Assam Mental Hospital (Tezpur, India) - 1933-1948
Year: 1933
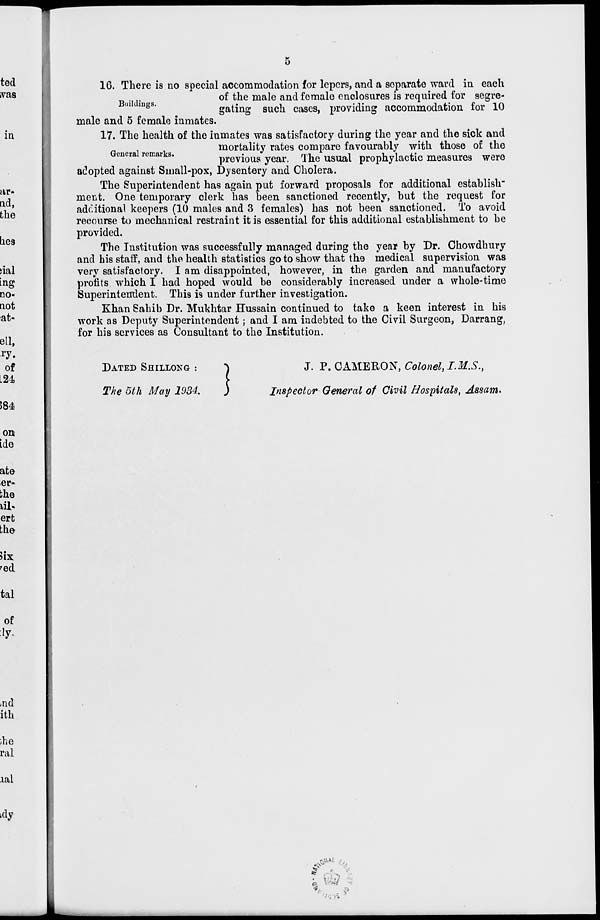
5
Buildings.
16. There is no special accommodation for lepers, and a separate ward in each
of the male and female enclosures is required for segre-
gating such cases, providing accommodation for 10
male and 5 female inmates.
General remarks.
17. The health of the inmates was satisfactory during the year and the sick and
mortality rates compare favourably with those of the
previous year. The usual prophylactic measures were
adopted against Small-pox, Dysentery and Cholera.
The Superintendent has again put forward proposals for additional establish-
ment. One temporary clerk has been sanctioned recently, but the request for
additional keepers (10 males and 3 females) has not been sanctioned. To avoid
recourse to mechanical restraint it is essential for this additional establishment to be
provided.
The Institution was successfully managed during the year by Dr. Chowdhury
and his staff, and the health statistics go to show that the medical supervision was
very satisfactory. I am disappointed, however, in the garden and manufactory
profits which I had hoped would be considerably increased under a whole-time
Superintendent. This is under further investigation.
Khan Sahib Dr. Mukhtar Hussain continued to take a keen interest in his
work as Deputy Superintendent ; and I am indebted to the Civil Surgeon, Darrang,
for his services as Consultant to the Institution.
DATED SHILLONG :
The 5th May 1934.
J. P. CAMERON, Colonel, I.M.S.,
Inspector General of Civil Hospitals, Assam.